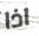
اذا